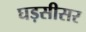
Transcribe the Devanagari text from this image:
घड़सीसर